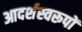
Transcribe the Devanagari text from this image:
आदर्शस्वरूपों